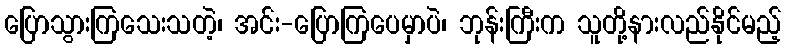
ပြောသွားကြသေးသတဲ့၊ အင်း-ပြောကြပေမှာပဲ၊ ဘုန်းကြီးက သူတို့နားလည်နိုင်မည့်